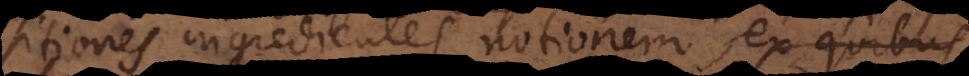
sitiones ingredientes notionem, ex quibus